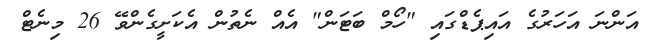
އަންނަ އަހަރުގެ އައިޕެޑްގައި "ހޯމް ބަޓަން" އެއް ނެތުން އެކަށީގެންވޭ 26 މިނެޓް